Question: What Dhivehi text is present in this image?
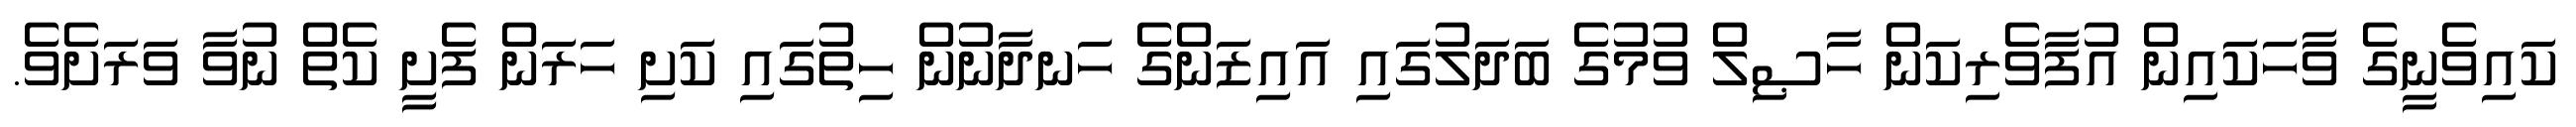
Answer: ކައިވެނީގެ ވާހަކައިން އުފާވެރިކަން ހާޞިލް ވުމުގެ ބަދަލުގައި އައިޒަންގެ ހަނދާނުން ހިތުގައި ކަށި ހަރަން ފެށީ ކެތް ނުވާ ވަރަށެވެ.